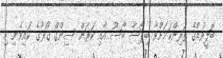
ބޮލީވުޑްގެ ތަރިންކަމަށްވާ ބިޕާޝާ ބާސޫ އާއި ކަރަން ސިންގް ގޯރާގެ ކައިވެނި މި